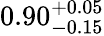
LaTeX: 0.90_{-0.15}^{+0.05}